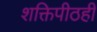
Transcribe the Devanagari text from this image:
शक्तिपीठही